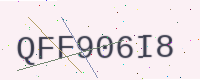
Text: QFF906I8